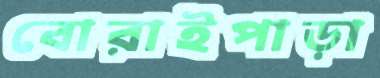
বোরাইপাড়া